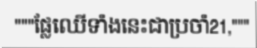
"""ផ្លែឈើទាំងនេះជាប្រចាំ21,"""